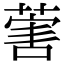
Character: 𦵯